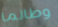
وطالما